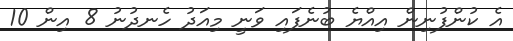
އެ ކުންފުނިން އިއްޔެ ބުނެފައި ވަނީ މިއަދު ހެނދުނު 8 އިން 10